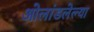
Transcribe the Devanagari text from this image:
ओलांडलेल्या